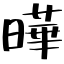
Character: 曄